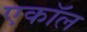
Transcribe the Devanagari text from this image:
एकॉल